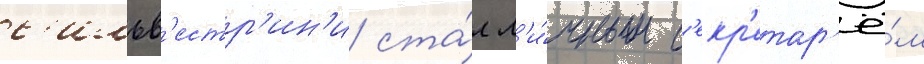
с'ильв'естр'ин'и ста́л л'и́чным с'екр'етар'ё́м